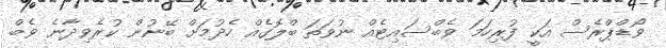
ވޯޑްޕްރެސް އަކީ ފުރިހަމަ ވެބްސައިޓެއް ނުވަތަ ބްލޮގެއް ހެދުމަށް ބޭނުން ކުރެވިދާނެ ވެބް